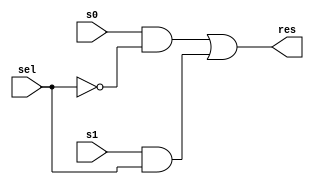
`ifndef MULTIPLEXER
`define MULTIPLEXER
`timescale 1ns/100ps

module MUX (
    output wire res, 
    input wire  sel, s0, s1
);
    not (selbar, sel);
    and (t0, s0, selbar);
    and (t1, s1, sel);
    or (res, t0, t1);
endmodule

module MUX4 (
    output wire res,
    input wire [1:0] sel,
    input wire [3:0] in
);
    MUX m1(ans1, sel[0], in[0], in[1]);
    MUX m2(ans2, sel[0], in[2], in[3]);
    MUX m3(res, sel[1], ans1, ans2);
endmodule

module MUX8 (
    output wire res,
    input wire [2:0] sel,
    input wire [7:0] in 
);
    MUX4 m1(ans1, sel[1:0], in[3:0]);
    MUX4 m2(ans2, sel[1:0], in[7:4]);
    MUX m3(res, sel[2], ans1, ans2);
endmodule

`endif